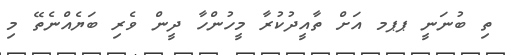
ތި ބުނަނީ ޕޕމ އަށް ތާއީދުކުރާ މީހުންހާ ދީން ވެރި ބަޔެއްނެތޭ މި